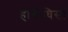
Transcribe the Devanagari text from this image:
हाथीघिसा